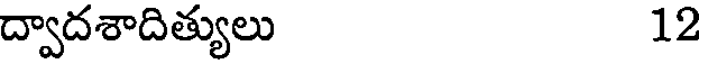
ద్వాదశాదిత్యులు 12